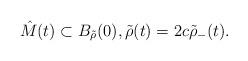
LaTeX: \begin{align*}\hat{M}(t) \subset B_{\tilde{\rho}}(0), \tilde{\rho}(t) = 2c \tilde{\rho}_-(t).\end{align*}